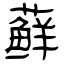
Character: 藓